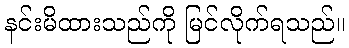
နင်းမိထားသည်ကို မြင်လိုက်ရသည်။